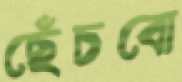
ছেঁচবো